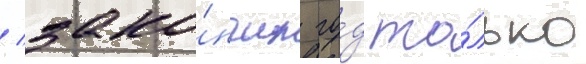
/ зако́нчил го́д то́лько